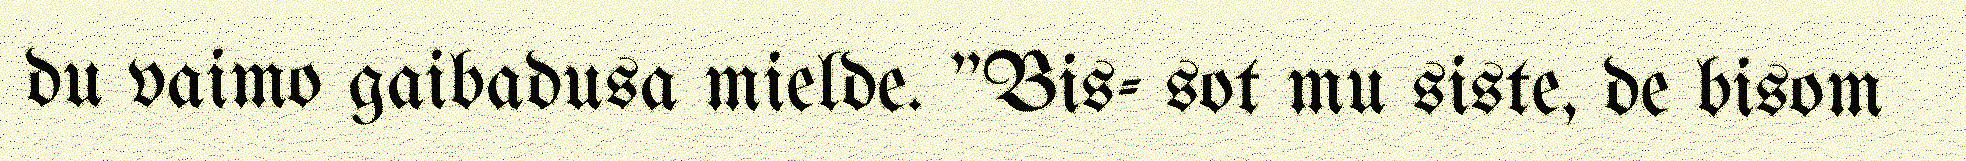
du vaimo gaibadusa mielde. "Bis- sot mu siste, de bisom